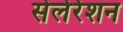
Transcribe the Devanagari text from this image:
सेलेरेशन